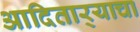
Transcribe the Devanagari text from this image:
आदितार्‍याचा